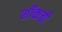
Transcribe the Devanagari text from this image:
शॉकची